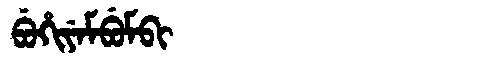
Manchu: ᠪᡠᡥᡳᠶᡝᠮᠪᡠᠮᠪᡳ
Romanization: BUHIYEMBUMBI